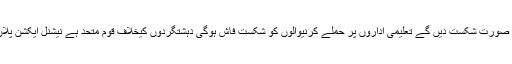
وزیر اعظم نواز شریف نے کہاکہ بچے پاکستان کا مستقبل ہیں بچوں کو سکول جانے سے ڈرانے والوں کو ہر صورت شکست دیں گے ٗتعلیمی اداروں پر حملے کرنیوالوں کو شکست فاش ہوگی ٗدہشتگردوں کیخلاف قوم متحد ہے نیشنل ایکشن پلان کے تحت ہر ایک کیخلاف کارروائی ہورہی ہے اور دہشتگردی اور انتہاپسندی کو ہر صورت ختم کرینگے ۔